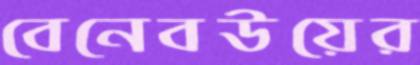
বেনেবউয়ের